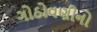
ગોઠોવણીનો